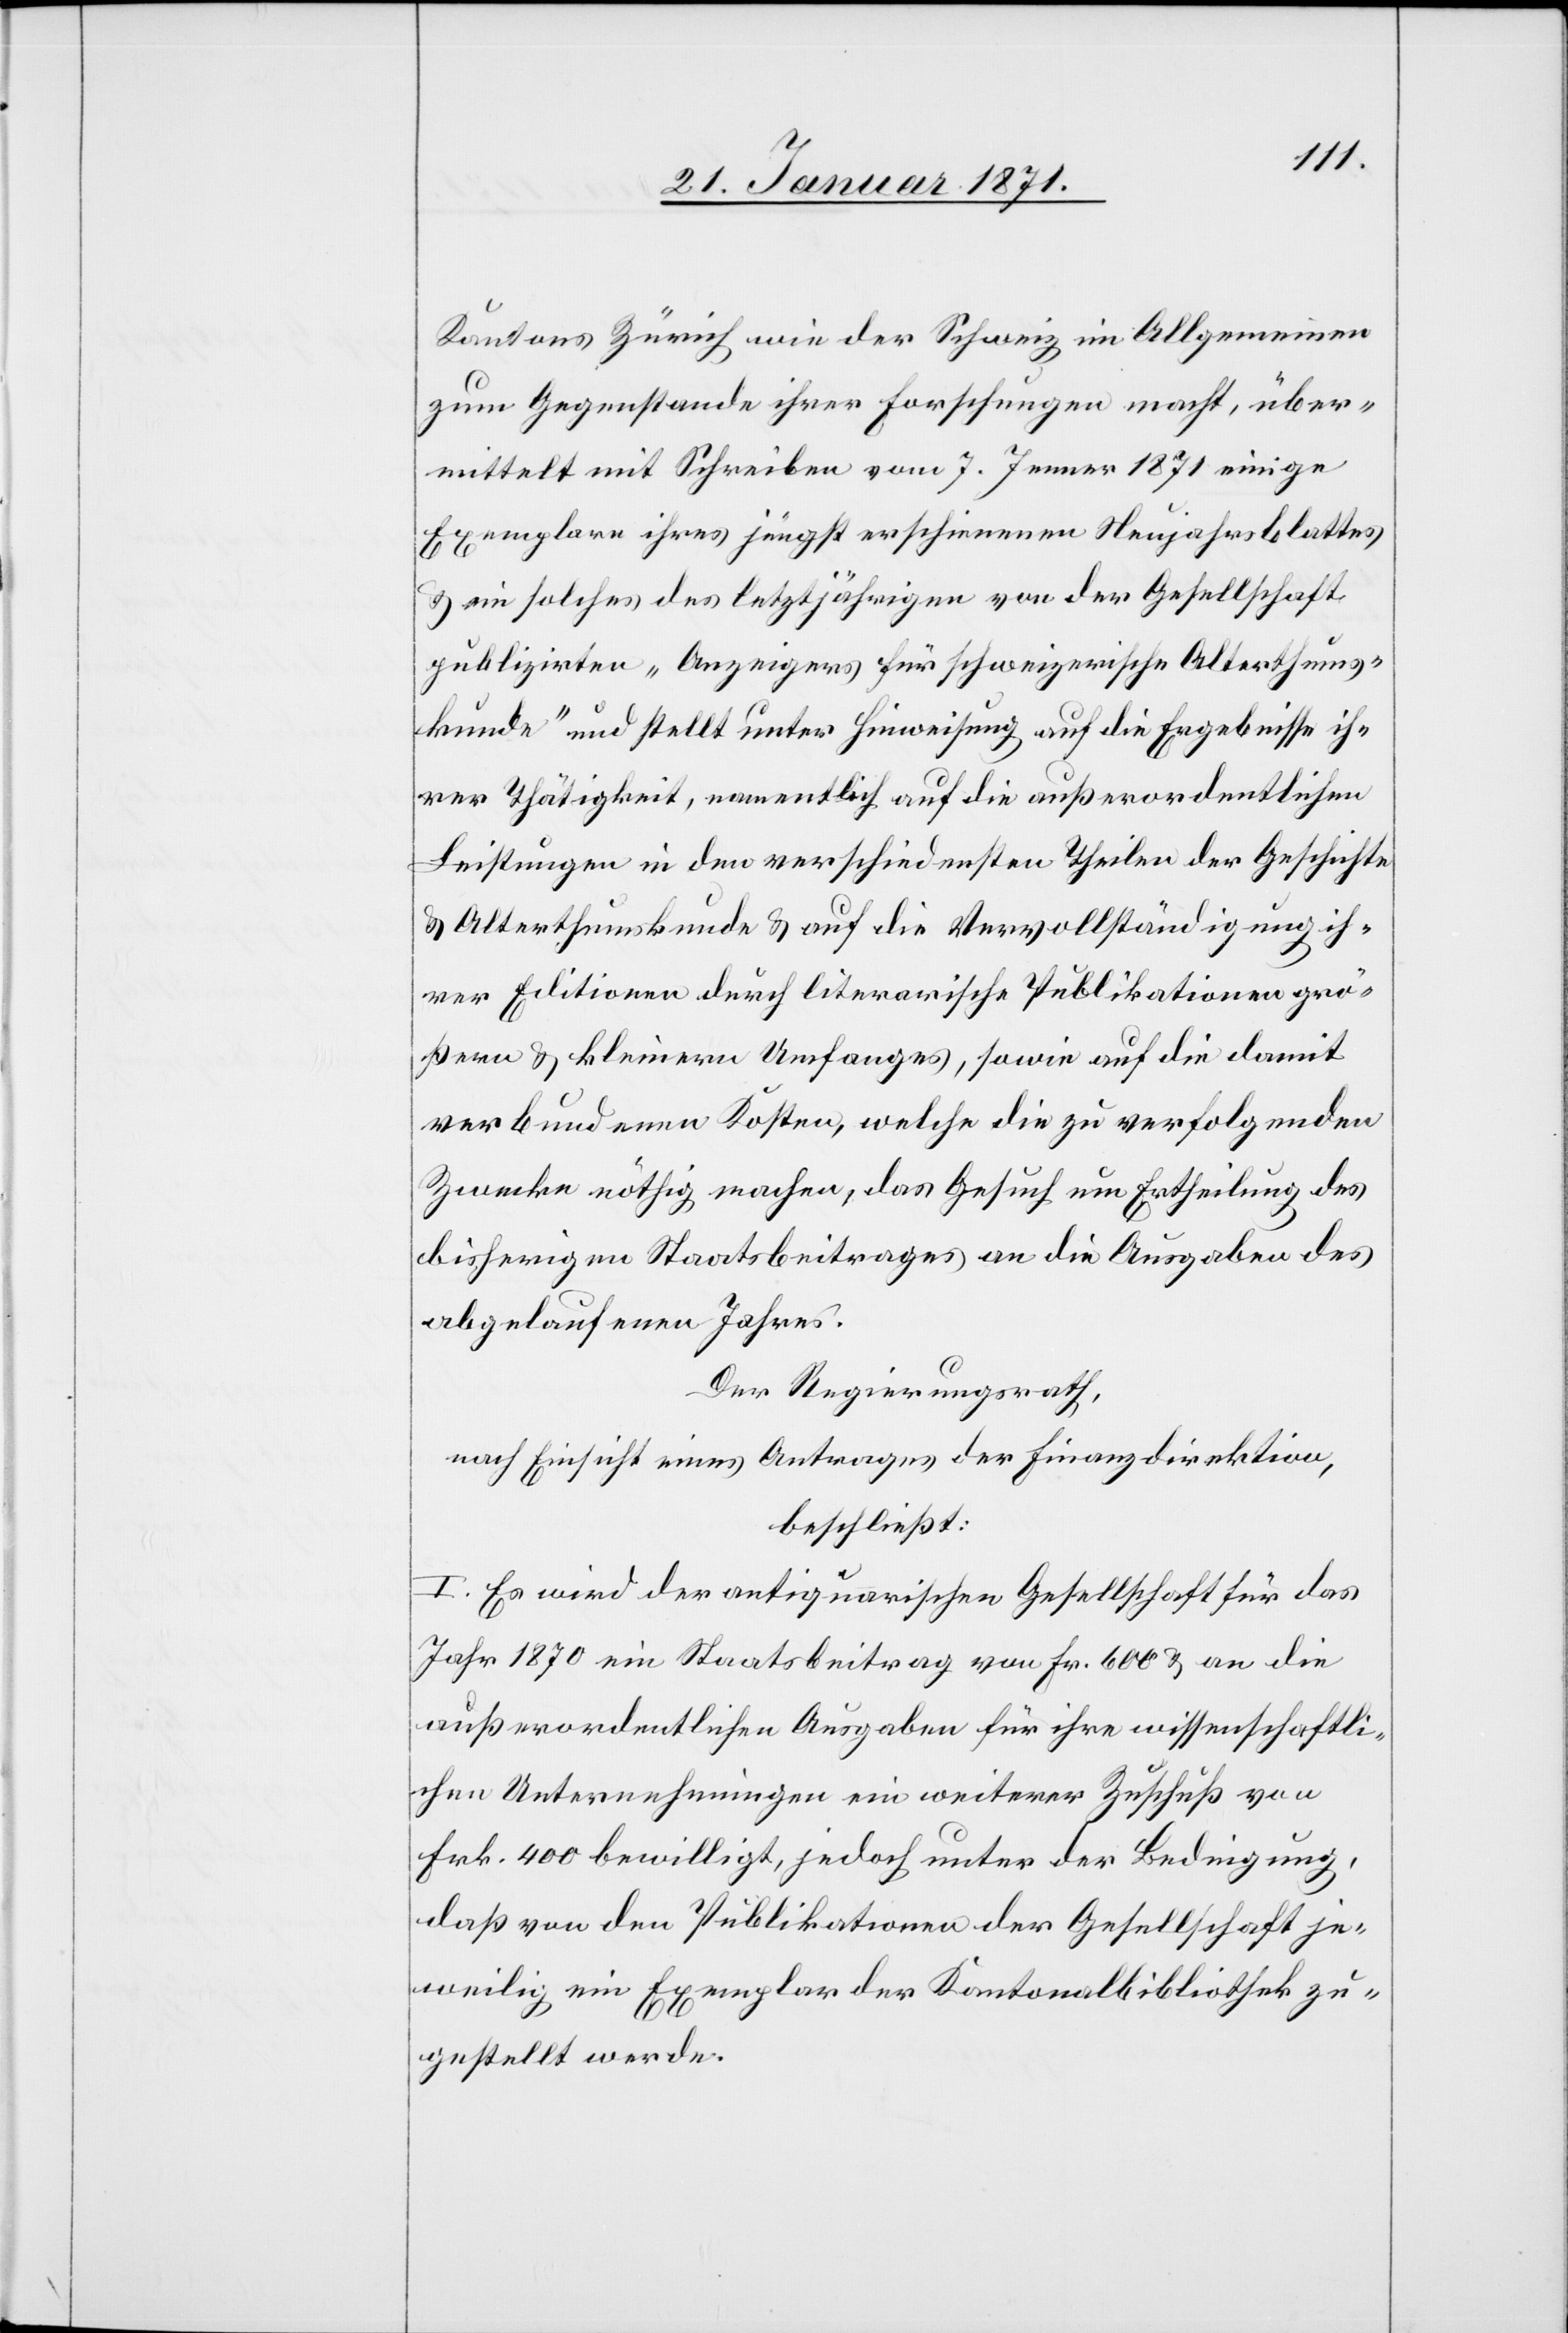
Kantons Zürich wie der Schweiz im Allgemeinen
zum Gegenstande ihrer Forschungen macht, über¬
mittelt mit Schreiben vom 7. Jenner 1871 einige
Exemplare ihres jüngst erschienenen Neujahrsblattes
u. ein solches des letztjährigen von der Gesellschaft
publizirten „Anzeigers für schweizerische Alterthums¬
kunde“ und stellt unter Hinweisung auf die Ergebnisse ih¬
rer Thätigkeit, namentlich auf die außerordentlichen
Leistungen in den verschiedensten Theilen der Geschichte
u. Alterthumskunde u. auf die Vervollständigung ih¬
rer Editionen durch literarische Publikationen grö¬
ßern u. kleinern Umfanges, sowie auf die damit
verbundenen Kosten, welche die zu verfolgenden
Zwecke nöthig machen, das Gesuch um Ertheilung des
bisherigen Staatsbeitrages an die Ausgaben des
abgelaufenen Jahres.
Der Regierungsrath,
nach Einsicht eines Antrages der Finanzdirektion,
beschließt:
I. Es wird der antiquarischen Gesellschaft für das
Jahr 1870 ein Staatsbeitrag von Fr. 600 u. an die
außerordentlichen Ausgaben für ihre wissenschaftli¬
chen Unternehmungen ein weiterer Zuschuß von
Frk. 400 bewilligt, jedoch unter der Bedingung,
daß von den Publikationen der Gesellschaft je¬
weilig ein Exemplar der Kantonalbibliothek zu¬
gestellt werde.